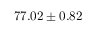
7 7 . 0 2 \pm 0 . 8 2